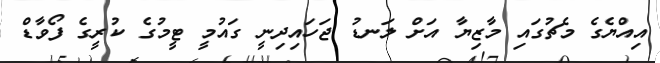
އިއްޔެގެ މެޗުގައި މާޒިޔާ އަށް ލަނޑު ޖަހައިދިނީ ގައުމީ ޓީމުގެ ކުރީގެ ފޯވާޑް